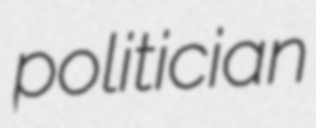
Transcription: politician